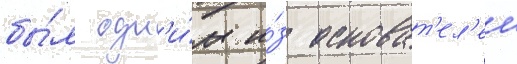
бы́л одн'и́м и́з основат'ел'еи